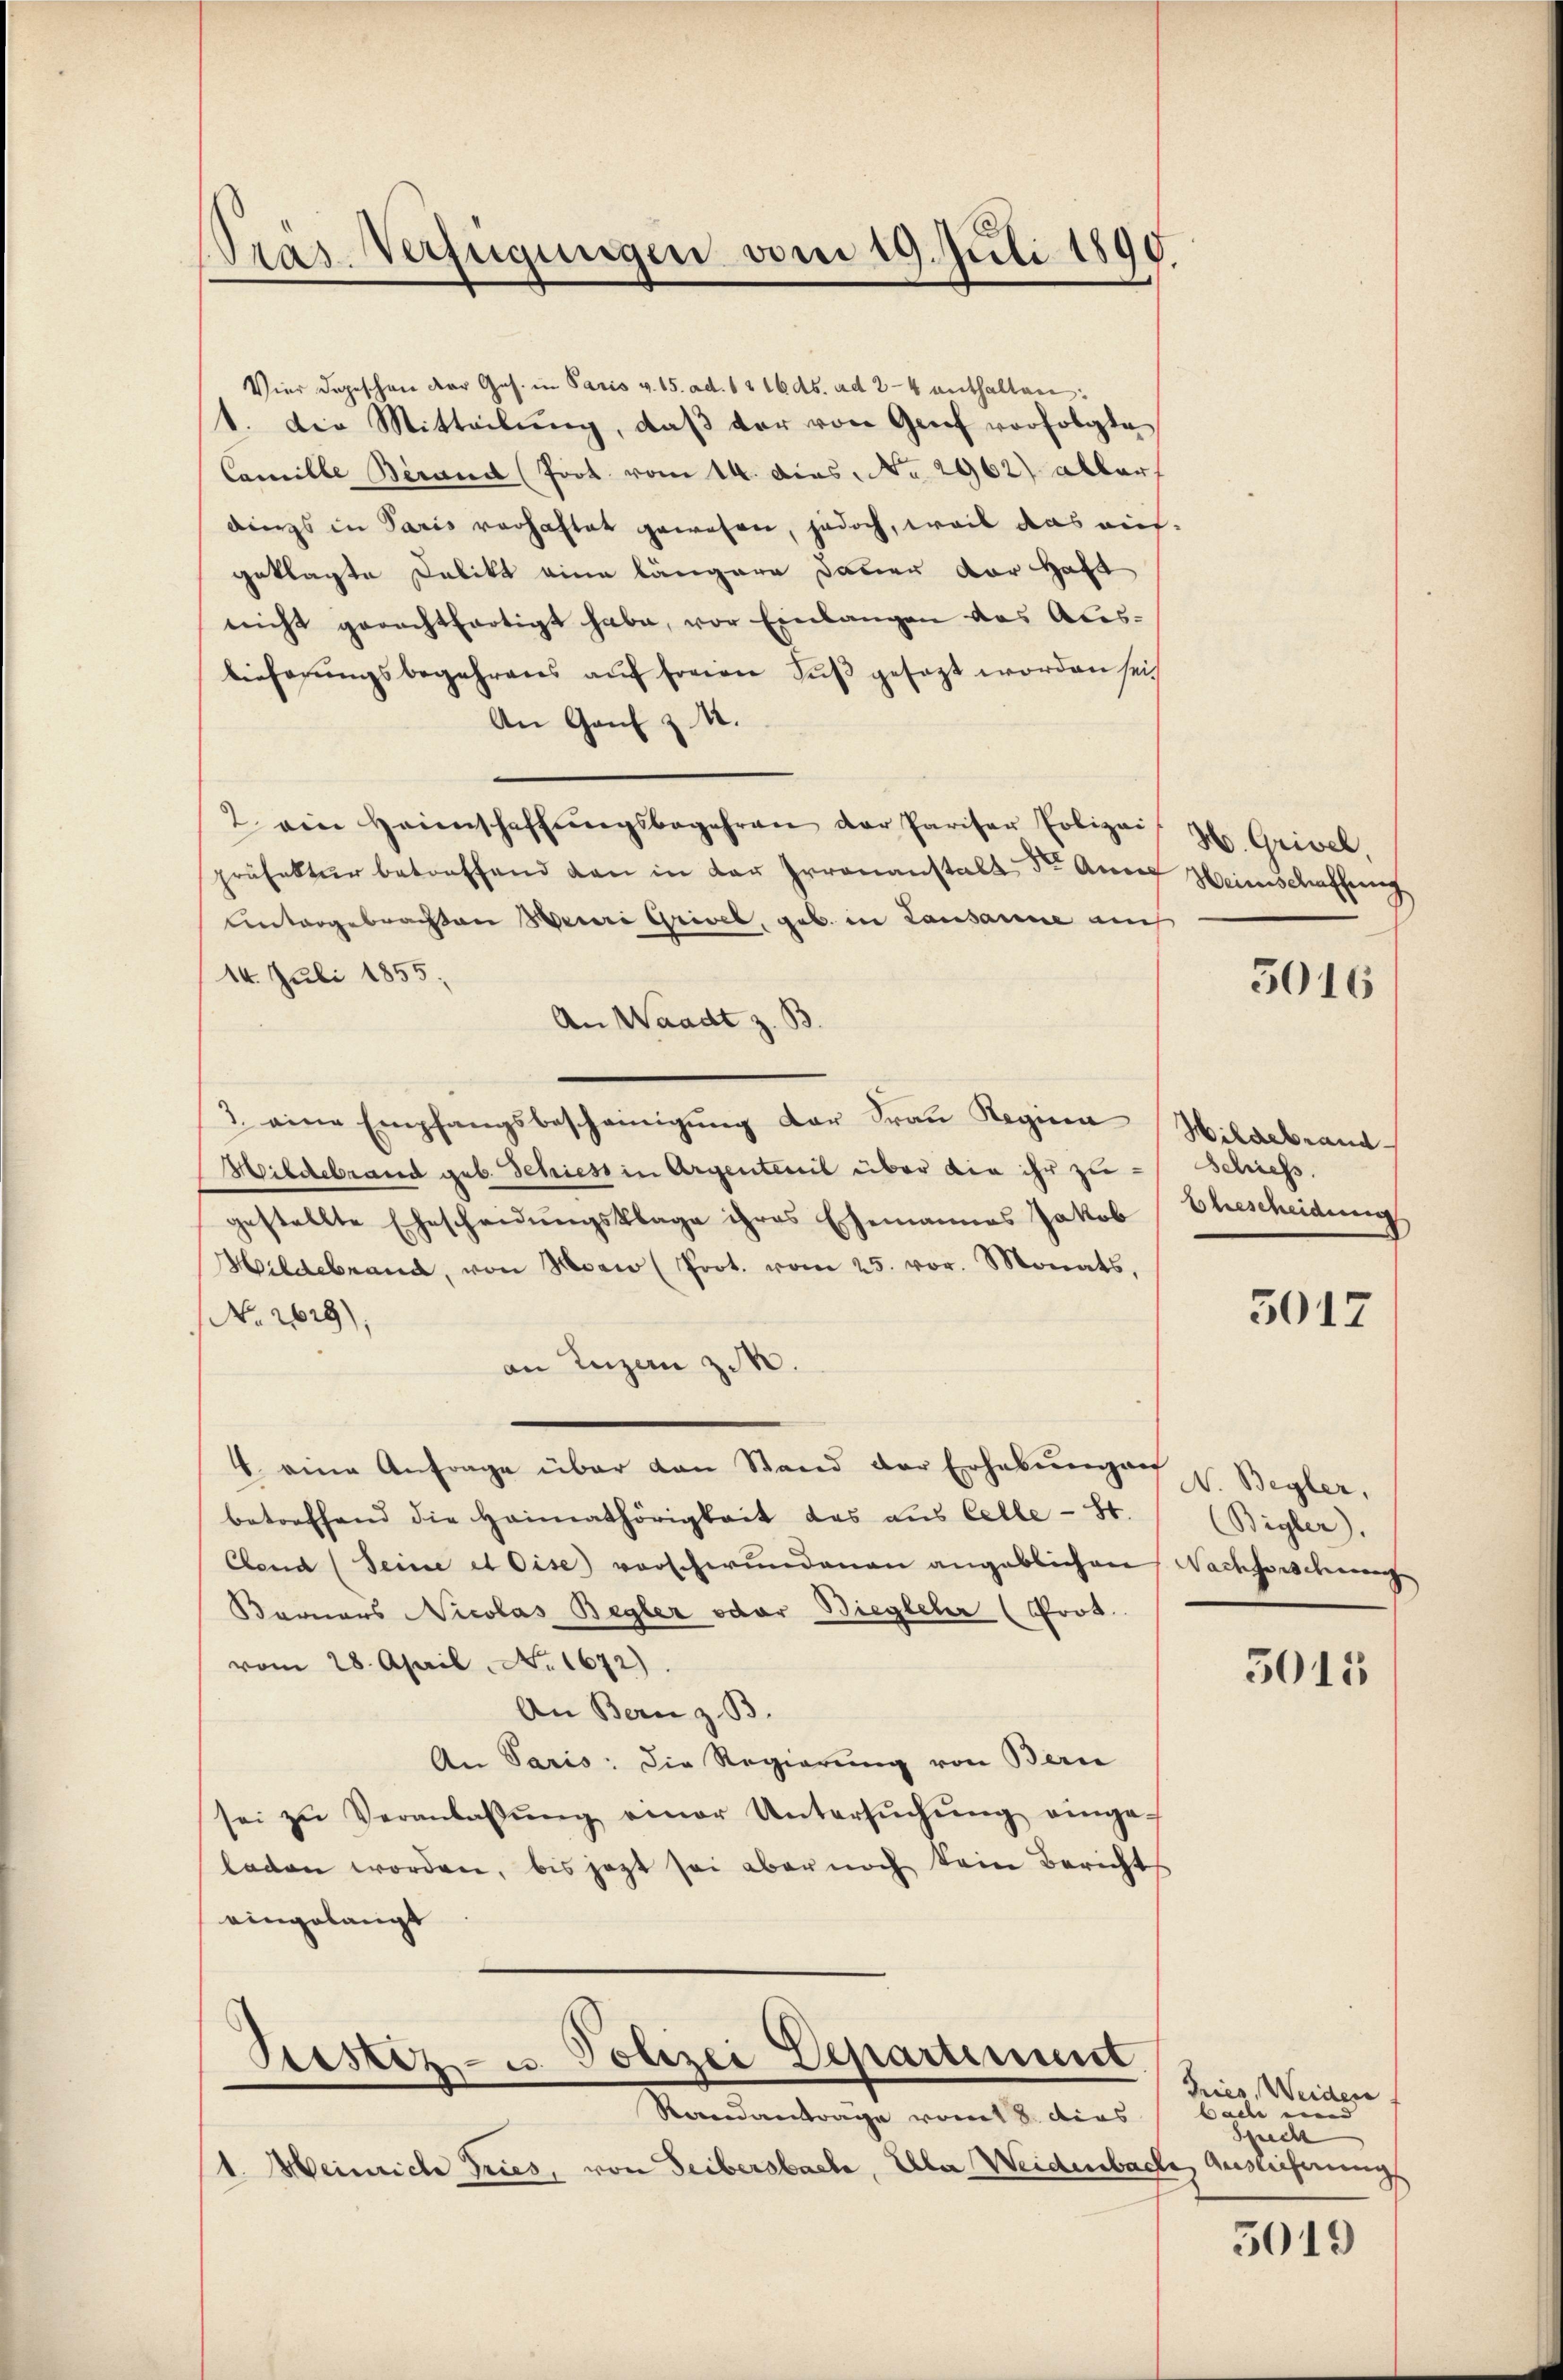
Pras. Verfügungen vom 19. Juli 1890.

Vier dageschen der Ges. in Paris v. 15. ad. 15 16 ds. ad 2-4 enthalten:
1. Die Mitteilŭng, daβ der von Genf vorfolgte
Camille Berand (Prot. vom 14. Das No. 2962) aller
dings in Paris verhaftet gewesen, jedoch, weil das aufgeklagte Delikt eine längere Dauer vor Haft
nicht gerechtfertigt habe, vor Einlangen das Auslieferungsbegehrens auf freien Fuß gesetzt worden sei
An Genf z 4.
2. ein Heimschaffŭngsbegehren der Pariser Polizei
präfektur betreffend den in der Irrenanstalt der Anna
Untergebrachten Meuri Grivel, geb. in Lausanne auch
14. Juli 1855;
An Waadt z. B
3. eine Empfangsbescheinigŭng der Fraŭ Regina Hildebrand
Hildebrand geb. Schiess in Argenteil über die ihr zu-
gestellte Ehescheidŭngsklage ihres Ehemannes Jakob Ehescheidung
Hildebrand, von Man (Prot. vom 25. vor. Monats,
No. 2629);
an Luzern zu.
4. eine Anfrage über den Stand der Erhebŭngen v. Begler,
betreffend die Heimathörigkeit des aŭs Celle - St. / (Bigler).
Clend (Seine et Oise) vorschwundenen angeblichen Nachforscheine
Bornars Nicolas Begler oder Biegleler (Prot.
vom 28. April, No. 1672)
An Bern z. B.
An Paris: Die Regierung von Berne
sei zŭ Veranlaβŭng einer Untersŭchŭng einge-
laden worden, bis jetzt sei aber noch kein Bericht
eingelangt

Stestiz- u. Polizei Departiment.

Randantrage vom 18. dies
1. Meinrich Gries, von Seibersbach, Ala Weidenbach, Auslicherungs

H. Grivel,
Heimschaffung

5016

Schießs.

5017

5015

Tries, Weiden
bache und
Speck

3019